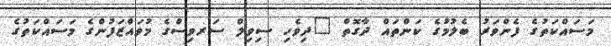
މަސައްކަތުގެ ފެންވަރު ބެލުމުގެ ކަންތައް ދާގޮތް "ދިވެހި ސިވިލް ސަރވިސްގެ މުވައްޒަފުންގެ މަސައްކަތުގެ